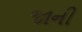
જાની